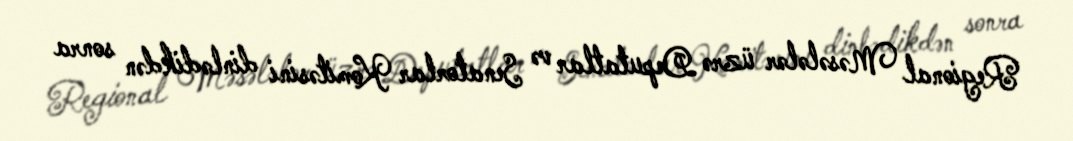
Regional Məsələlər üzrə Deputatlar və Senatorlar Komitəsini dinlədikdən sonra